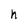
Character: h